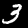
Label: 3